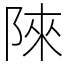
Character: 䧒